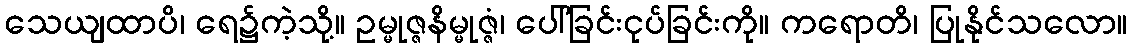
သေယျထာပိ၊ ရေ၌ကဲ့သို့။ ဥမ္မုဇ္ဇနိမ္မုဇ္ဇံ၊ ပေါ်ခြင်းငုပ်ခြင်းကို။ ကရောတိ၊ ပြုနိုင်သလော။